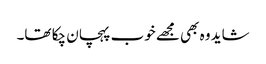
شاید وہ بھی مجھے خوب پہچان چکا تھا۔